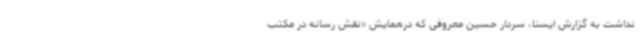
نداشت به گزارش ایسنا، سردار حسین معروفی که درهمایش «نقش رسانه در مکتب